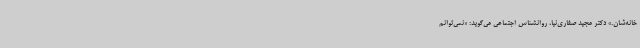
خانه‌شان.» دکتر مجید صفاری‌نیا، روانشناس اجتماعی می‌گوید: «نمی‌توانم